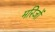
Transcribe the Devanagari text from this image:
मरिजों